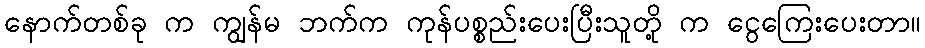
နောက်တစ်ခု က ကျွန်မ ဘက်က ကုန်ပစ္စည်းပေးပြီးသူတို့ က ငွေကြေးပေးတာ။